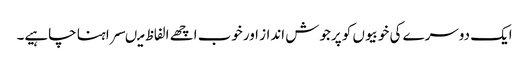
ایک دوسرے کی خوبیوں کو پرجوش انداز اورخوب اچھے الفاظ میںسراہنا چاہیے۔